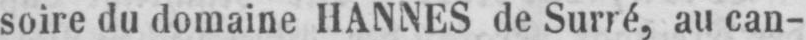
soire du domaine de Surré, au can-